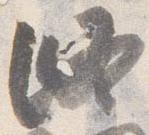
修